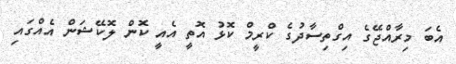
އެބަ މިރާއްޖޭގެ އިގްތިސާދުގެ ކްރީމް ކޮޅު އޮތީ އެއީ ކޮން ލޮކޭޝަން އެއްގައި